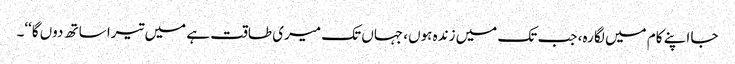
جا اپنے کام میں لگا رہ، جب تک میں زندہ ہوں، جہاں تک میری طاقت ہے میں تیرا ساتھ دوں گا‘‘۔